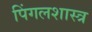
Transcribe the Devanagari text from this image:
पिंगलशास्त्र